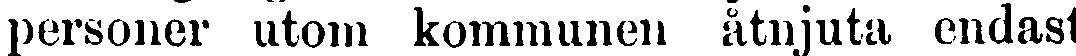
personer utom kommunen åtnjuta endast